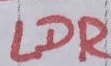
Text: LDR